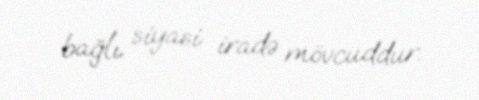
bağlı siyasi iradə mövcuddur.